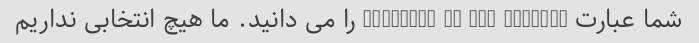
شما عبارت survival of the fittest را می دانید. ما هیچ انتخابی نداریم